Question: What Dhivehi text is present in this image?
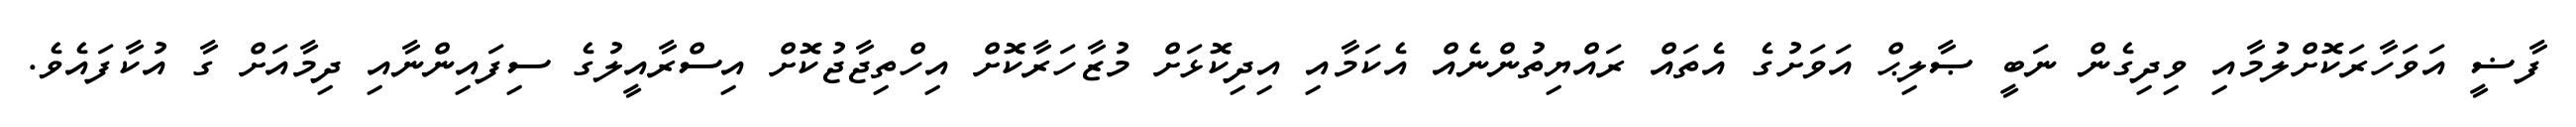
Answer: ފާޟީ އަވަހާރަކޮށްލުމާއި ވިދިގެން ނަބީ ޞާލިޙް އަވަށުގެ އެތައް ރައްޔިތުންނެއް އެކަމާއި އިދިކޮޅަށް މުޒާހަރާކޮށް އިހްތިޖާޖުކޮށް އިސްރާއީލުގެ ސިފައިންނާއި ދިމާއަށް ގާ އުކާފައެވެ.